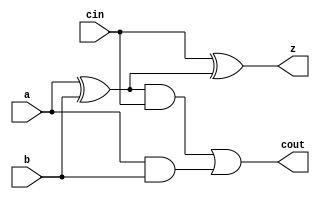

module yAdder1(z, cout, a, b, cin); 
   output z, cout; 
   input  a, b, cin; 
   xor left_xor(tmp, a, b); 
   xor right_xor(z, cin, tmp); 
   and left_and(outL, a, b); 
   and right_and(outR, tmp, cin); 
   or my_or(cout, outR, outL); 
endmodule

module yAdder(s, cout, a, b, cin);
   parameter SIZE = 2;
   output [SIZE-1:0] s; 
   output 	 cout; 
   input [SIZE-1:0]  a, b; 
   input 	 cin; 
   wire [SIZE-1:0] 	 in, out; 
   yAdder1 mine[SIZE-1:0](s, out, a, b, in); 
   assign {cout,in} = {out,cin};
endmodule // yAdder

module mult(HM,LM,A,B);
   parameter SIZE = 4;
   output [SIZE-1:0] HM, LM;
   input [SIZE-1:0]  A, B;
   wire [SIZE-1:0]   interm[0:SIZE-1], cout, HMtmp;

   genvar 	     i;
   assign cout[0] = 1'b0;
   and and0[SIZE-1:0](interm[0],A,B[0]);
   assign LM[0] = interm[0][0];
   
   for (i=1; i<SIZE; i=i+1) begin
      wire [SIZE-1:0] gA, tmp; // gated A

      assign LM[i] = interm[i][0];
      
      and and1[SIZE-1:0](gA, A, B[i]);
      yAdder #(.SIZE(SIZE)) m_yadder(interm[i],
				     cout[i],
				     {cout[i-1],interm[i-1][SIZE-1:1]},
				     gA,1'b0);
   end // for (i=1; i<SIZE; i=i+1)
   assign HMtmp = interm[SIZE-1];
   assign HM = { cout[SIZE-1], HMtmp[SIZE-1:1]};
endmodule